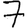
Digit: 7